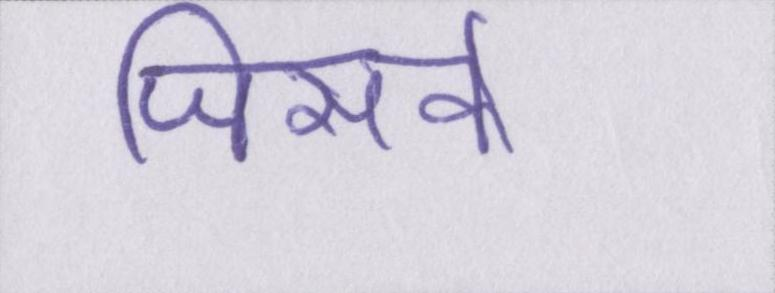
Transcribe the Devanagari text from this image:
जिसके